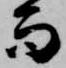
而